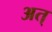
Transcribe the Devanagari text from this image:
अत्‌